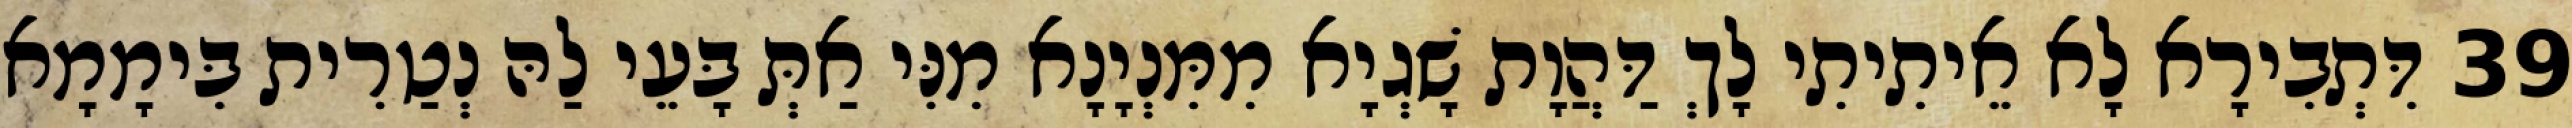
39 דִּתְבִירָא לָא אֵיתִיתִי לָךְ דַּהֲוָת שָׁגְיָא מִמִּנְיָנָא מִנִּי אַתְּ בָּעֵי לַהּ נְטַרִית בִּימָמָא